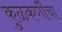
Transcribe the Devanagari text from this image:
कुळकर्णींचा